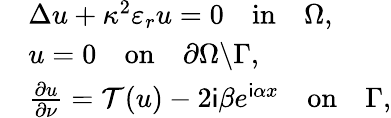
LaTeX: \begin{array}{rl}&{\Delta u+\kappa^{2}\varepsilon_{r}u=0\quad\mathrm{in}\quad\Omega,}\\ &{u=0\quad\mathrm{on}\quad\partial\Omega\backslash\Gamma,}\\ &{\frac{\partial u}{\partial\mathbf{\nu}}=\mathcal{T}(u)-2\textsf{i}\beta e^{\textsf{i}\alpha x}\quad\mathrm{on}\quad\Gamma,}\end{array}